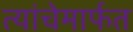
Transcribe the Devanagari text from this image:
त्यांचेमार्फत